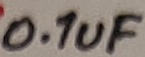
Text: 0.1uF